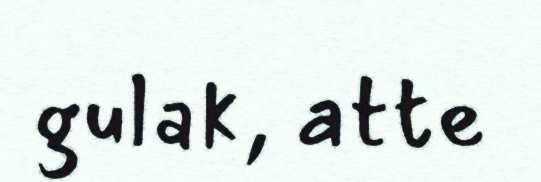
gulak, atte